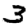
Digit: 3